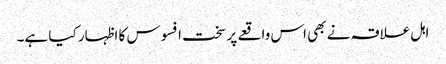
اہل علاقہ نے بھی اس واقعے پر سخت افسوس کا اظہار کیا ہے۔